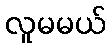
လူမမယ်